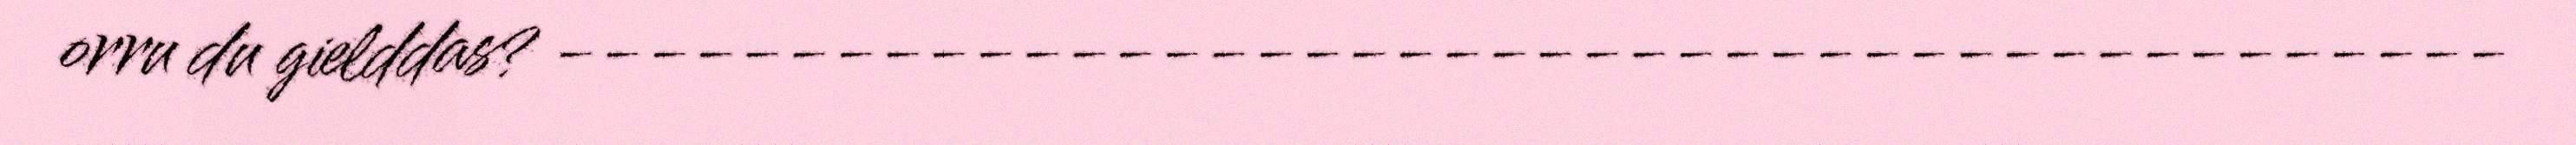
orru du gielddas? ‐‐‐‐‐‐‐‐‐‐‐‐‐‐‐‐‐‐‐‐‐‐‐‐‐‐‐‐‐‐‐‐‐‐‐‐‐‐‐‐‐‐